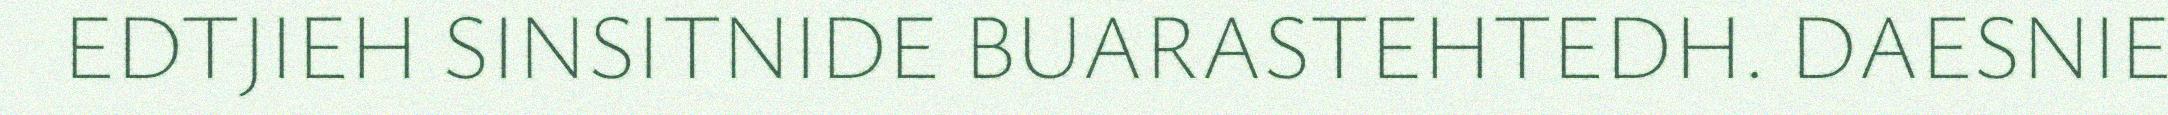
EDTJIEH SINSITNIDE BUARASTEHTEDH. DAESNIE